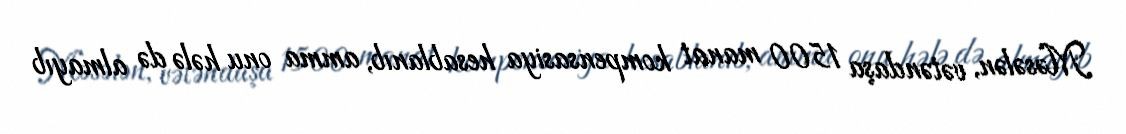
Məsələn, vətəndaşa 1500 manat kompensasiya hesablanıb, amma onu hələ də almayıb